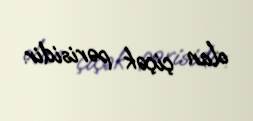
olan çiçək pərisidir.